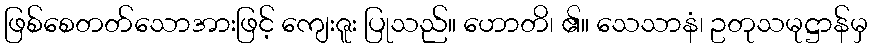
ဖြစ်စေတတ်သောအားဖြင့် ကျေးဇူး ပြုသည်။ ဟောတိ၊ ၏။ သေသာနံ၊ ဥတုသမုဋ္ဌာန်မှ